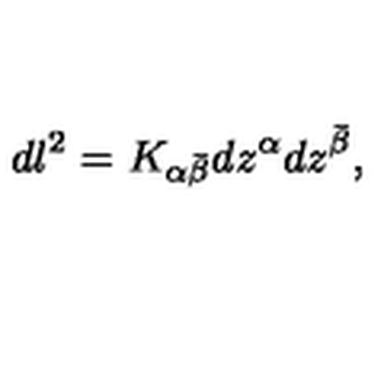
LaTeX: d l ^ { 2 } = K _ { \alpha { \bar { \beta } } } d z ^ { \alpha } d z ^ { \bar { \beta } } ,